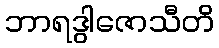
ဘာရဒွါဇောသီတိ